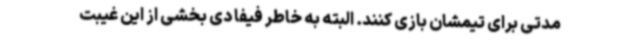
مدتی برای تیمشان بازی کنند. البته به خاطر فیفا دی بخشی از این غیبت